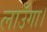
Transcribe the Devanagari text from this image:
लाउँगा।